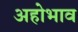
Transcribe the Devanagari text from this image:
अहोभाव